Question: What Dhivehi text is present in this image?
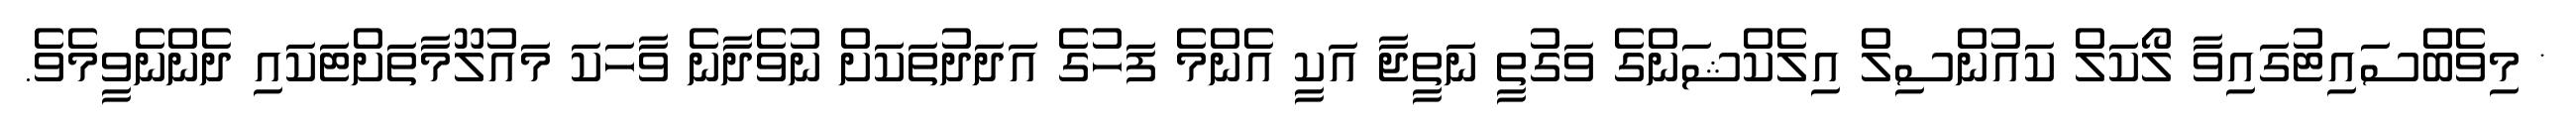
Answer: * މިވެބްސައިޓުގައިވާ ލޯކަލް ކައުންސިލް އިލެކްޝަންގެ ވަގުތީ ނަތީޖާ އަކީ އެންމެ ފަހުގެ އަދަދުތަކަށް ނުވެދާނެ ވާހަކަ މައުލޫމާތަށްޓަކައި ދެންނެވީމެވެ.